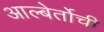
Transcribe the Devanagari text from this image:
आल्बेर्तोची